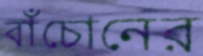
বাঁচোনের